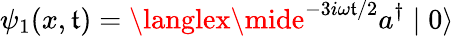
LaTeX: \psi_{1}(x,\mathfrak{t})=\langlex\mide^{-3i\omega\mathfrak{t}/2}a^{\dagger}\mid0\rangle